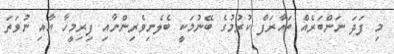
މި ފަދަ ނަންބަރެއް ތައާރަފް ކުރުމުގެ ބޭނުމަކީ ބެލެނިވެރިންނާއި ފިރިމީހާ އާއި ނުވަތަ